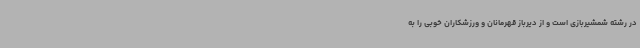
در رشته شمشیربازی است و از دیرباز قهرمانان و ورزشکاران خوبی را به